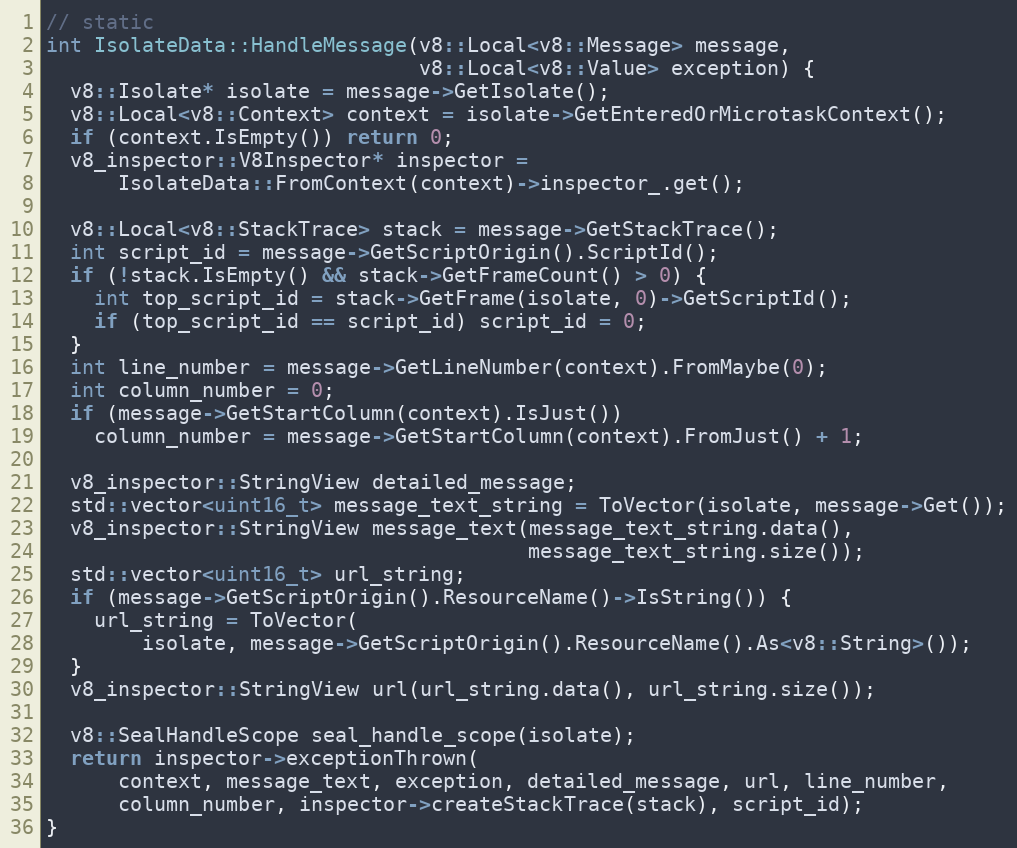
Language: C++
// static
int IsolateData::HandleMessage(v8::Local<v8::Message> message,
                               v8::Local<v8::Value> exception) {
  v8::Isolate* isolate = message->GetIsolate();
  v8::Local<v8::Context> context = isolate->GetEnteredOrMicrotaskContext();
  if (context.IsEmpty()) return 0;
  v8_inspector::V8Inspector* inspector =
      IsolateData::FromContext(context)->inspector_.get();

  v8::Local<v8::StackTrace> stack = message->GetStackTrace();
  int script_id = message->GetScriptOrigin().ScriptId();
  if (!stack.IsEmpty() && stack->GetFrameCount() > 0) {
    int top_script_id = stack->GetFrame(isolate, 0)->GetScriptId();
    if (top_script_id == script_id) script_id = 0;
  }
  int line_number = message->GetLineNumber(context).FromMaybe(0);
  int column_number = 0;
  if (message->GetStartColumn(context).IsJust())
    column_number = message->GetStartColumn(context).FromJust() + 1;

  v8_inspector::StringView detailed_message;
  std::vector<uint16_t> message_text_string = ToVector(isolate, message->Get());
  v8_inspector::StringView message_text(message_text_string.data(),
                                        message_text_string.size());
  std::vector<uint16_t> url_string;
  if (message->GetScriptOrigin().ResourceName()->IsString()) {
    url_string = ToVector(
        isolate, message->GetScriptOrigin().ResourceName().As<v8::String>());
  }
  v8_inspector::StringView url(url_string.data(), url_string.size());

  v8::SealHandleScope seal_handle_scope(isolate);
  return inspector->exceptionThrown(
      context, message_text, exception, detailed_message, url, line_number,
      column_number, inspector->createStackTrace(stack), script_id);
}